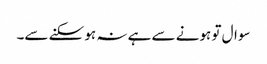
سوال تو ہونے سے ہے نہ ہو سکنے سے۔